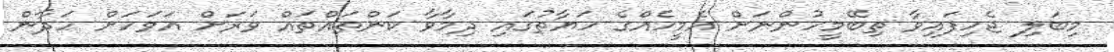
މިބަލި ޖެހިފައިވާ ތިބޭމީހުންނަށް އެމީހެއްގެ ހަޔާތުގައި ދިމާވާ ކަންތައްތައް ވަރަށް އަވަހަށް ހަދާން